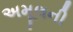
અમૂલની